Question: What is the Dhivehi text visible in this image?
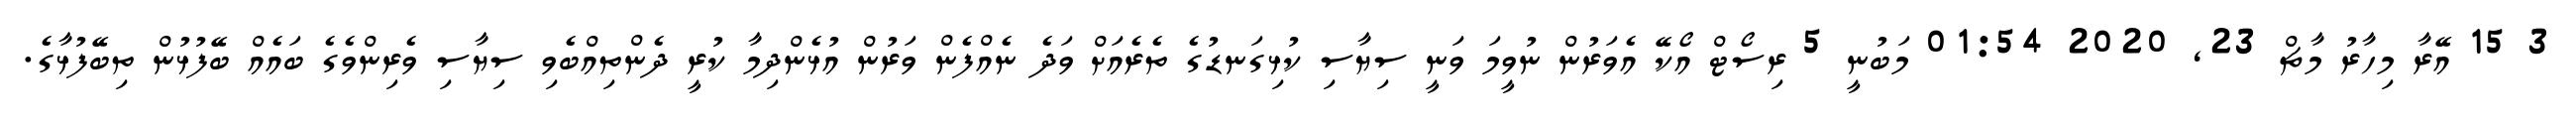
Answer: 3 15 އޭރާ މިހާރު މާޗް 23, 2020 01:54 މަބުނީ 5 ރިސޯޓް އޯކޭ އެވަރުން ނުވީމަ ވަނީ ސިޔާސި ކުޅިގަނޑުގެ ތެރެއަށް ވަދެ ނެއްފެން ވަރުން އުޅެންދިމާ ކުރީ ދެންތިއްބެވި ސިޔާސި ވެރިންވެގެ ބައެއް ބޭފުޅުން ތިބޭފުޅާގެ.